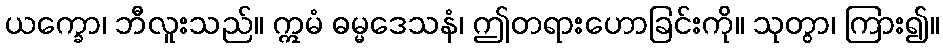
ယက္ခော၊ ဘီလူးသည်။ ဣမံ ဓမ္မဒေသနံ၊ ဤတရားဟောခြင်းကို။ သုတွာ၊ ကြား၍။